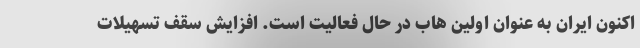
اکنون ایران به عنوان اولین هاب در حال فعالیت است. افزایش سقف تسهیلات